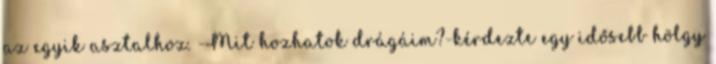
az egyik asztalhoz. -Mit hozhatok drágáim?-kérdezte egy idősebb hölgy